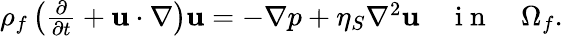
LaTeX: \begin{array}{r}{\rho_{f}\left(\frac{\partial}{\partial t}+\textbf{u}\cdot\nabla\right)\textbf{u}=-\nabla p+\eta_{S}\nabla^{2}\textbf{u}\quad\mathrm{~i~n~}\quad\Omega_{f}.}\end{array}